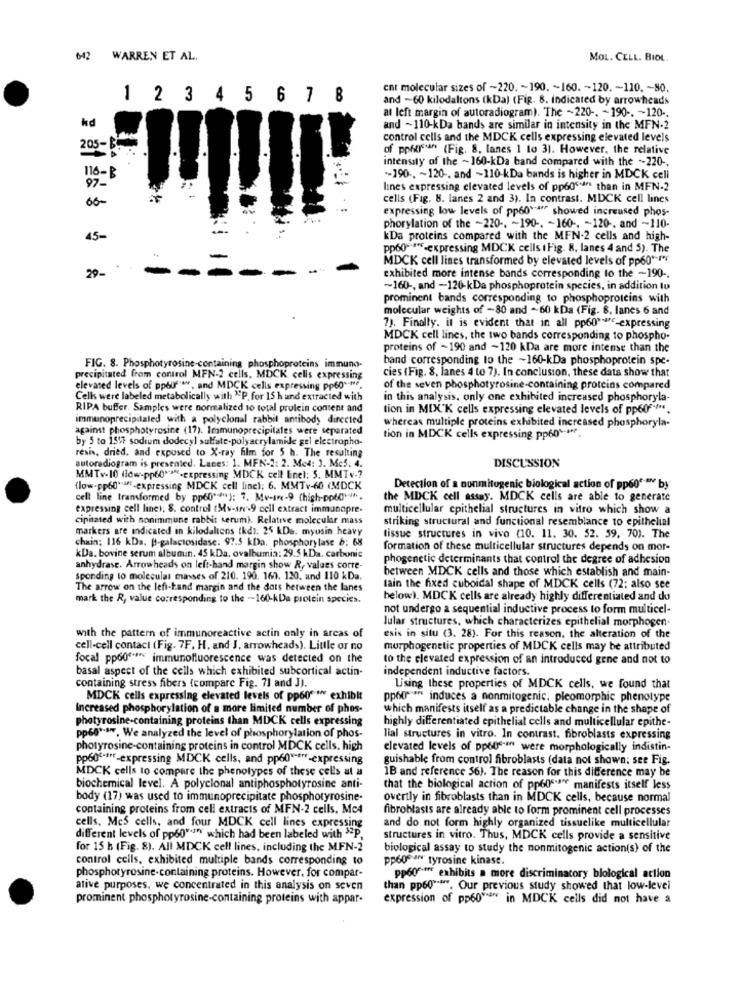
642 WARREN ET AL.
MOL. CELL. BIOL
ent molecular sizes of ~220 .~ 190 .~ 160. ~ 120 .- 110. - 80.
1 2 3 4 5 6 7 8
and -60 kilodaltons (kDa) (Fig. 8. indicated by arrowheads
at left margin of autoradiogram). The ~220 -. ~ 190 -. - 120 ..
hd
and - 110-kDa bands are similar in intensity in the MFN-2
205-BAG
control cells and the MDCK cells expressing elevated levels
of ppige (Fig. 8. lanes 1 to 3). However, the relative
intensity of the ~ 160-kDa band compared with the ~220 -.
116-B
-190 -. ~ 120 -. and ~110-kDa bands is higher in MDCK cell
97 -
lines expressing elevated levels of ppod'an than in MFN-2
cells (Fig. 8. lanes 2 and 3). In contrast. MDCK cell lines
66-
expressing low levels of pp60""""" showed increused phos-
phorylation of the -220 -. ~ 190 -. - 160 -. - 120. and ~110-
45-
kDa proteins compared with the MFN-2 cells and high-
pp60= ""-expressing MDCK cells ( Fig. R. lanes 4 and 5). The
MDCK cell lines transformed by elevated levels of pp60 *****
-
29-
exhibited more intense bands corresponding to the -190 -.
~160 -, and -120-kDa phosphoprotein species, in addition to
prominent bands corresponding to phosphoproteins with
molecular weights of -80 and -60 kDa (Fig. 6. lanes 6 and
7). Finally. it is evident that in all pp60 rc-expressing
MDCK cell lines, the two bands corresponding to phospho-
proteins of -190 and -120 kDa are more intense than the
band corresponding to the ~160-kDa phosphoprotein spe-
FIG. 8. Phosphotyrosine-containing phosphoproteins immuno-
cies (Fig. 8, lanes 4 to 7). In conclusion, these data show that
precipitated from control MFN-2 cells, MDCK cells expressing
elevated levels of ppourw. and MDCK cells expressing pp60""".
of the seven phosphotyrosine-containing proteins compared
Cells were labeled metabolically with "P. for 15 h and extracted with
in this analysis, only one exhibited increased phosphoryla-
RIPA buffer. Samples were normalized to total protein content and
tion in MIX'K cells expressing elevated levels of pp60 ****.
immunoprecipitaled with a polyclonal rabbit antibody directed
against phosphotyrosine (17). Immunoprecipitales were separated
whereas multiple proteins exhibited increased phosphoryla-
by 5 to 1517 sodium dodecyl sulfate-polyacrylamide gel electropho-
tion in MDCK cells expressing pp60 *-** e.
resis, dried, and expused to X-ray film for 5 h. The resulting
autoradiogram is presented. Lases: 1. MFN-2: 2. Me4: 3. Me5: 4.
DISCUSSION
MMTv-10 How-pp60""""-expressing MDCK cell Linel: 5. MMTv -?
(low-pp60"a-expressing MDCK cell line): 6. MMTv-60 (MDCK
Detection of a nonmitogenic biological action of pp60 ***** by
cell line transformed by pp60 **** ): 7. Mv-In -9 (high-pp60) ...
the MDCK cell assay. MDCK cells are able to generate
expressing cell line); 8. control (Mv-sn-9 cell extract immunapre-
multicellular epithelial structures in vitro which show a
cipitated with nonimmune rabbit serum). Relative molecular mass
striking structural and functional resemblance to epithelial
markers are indicated in kilodaliens tkdi: 25 kDs. myusin heavy
chain: 116 kDa. p-galactosidase. 97.5 kDa. phosphorylase b: 68
tissue structures in vivo (10. 11. 30. 52. 59. 70). The
formation of these multicellular structures depends on mor-
kDa. bovine serum albumin. 45 kDa, ovalbumia: 29.5 kDa. carbonic
phogenetic determinants that control the degree of adhesion
anhydrase. Arrowheads on left-hand margin show R, values corre-
between MDCK cells and those which establish and main-
sponding to moleculas masses of 210. 190. 163. 120. and 110 kDa.
The arrow on the left-hand margin and the dots between the lanes
tain the fixed cuboidal shape of MDCK cells (72: also see
mark the R, value corresponding to the -160-kDa protein species.
below). MDCK cells are already highly differentiated and du
not undergo a sequential inductive process to form multicel-
Jular structures, which characterizes epithelial morphogen-
with the pattern of immunoreactive actin only in areas of
esis in situ (3. 28). For this reason, the alteration of the
cell-cell contact (Fig. 7F. H. and J, arrowheads). Little or no
murphogenetic properties of MDCK cells may be attributed
focal pp60 **** immunofluorescence was detected on the
to the elevated expression of an introduced gene and not to
basal aspect of the cells which exhibited subcortical actin-
independent inductive factors.
containing stress fibers (compare Fig. 71 and J).
Lising these properties of MDCK cells, we found that
MDCK cells expressing elevated levels of pp60 " exhibit
ppor"a" induces a nonmitogenic, pleomorphic phenotype
Increased phosphorylation of a more limited number of phos-
which manifests itself as a predictable change in the shape of
photyrosine-containing proteins than MDCK cells expressing
highly differentiated epithelial cells and multicellular epithe-
pp6s *-**. We analyzed the level of phosphorylation of phos-
lial structures in vitro. In contrast, fibroblasts expressing
photyrosine-containing proteins in control MDCK cells, high
elevated levels of pp6os-af were morphologically indistin-
pp60º ****- expressing MDCK cells, and pp60 ****- expressing
guishable from control fibroblasts (data not shown; see Fig.
MDCK cells to compare the phenotypes of these cells at a
IB and reference $6). The reason for this difference may be
biochemical level. A polyclonal antiphosphotyrosine anti-
that the biological action of pp60s.se manifests itself less
body (17) was used to immunoprecipitate phosphotyrosine-
overtly in fibroblasts than in MDCK cells, because normal
containing proteins from cell extracts of MFN-2 cells, Mc4
fibroblasts are already able to form prominent cell processes
and do not form highly organized tissuelike multicellular
cells, Mcs cells, and four MDCK cell lines expressing
different levels of pp60"*" which had been labeled with "2P,
structures in vitro. Thus, MDCK cells provide a sensitive
for 15 h (Fig. 8). All MDCK cell lines, including the MFN-2
biological assay to study the nonmitogenic action(s) of the
control cells, exhibited multiple bands corresponding to
pp60saw tyrosine kinase.
phosphoryrosine-containing proteins. However, for compar-
pp60".ff exhibits a more discriminatory biological action
ative purposes. we concentrated in this analysis on seven
than pp60""". Our previous study showed that low-level
prominent phosphotyrosine-containing proteins with appar-
expression of pp60% in MDCK cells did not have a